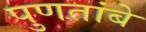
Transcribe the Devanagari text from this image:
पुणतांबे